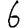
Digit: 6